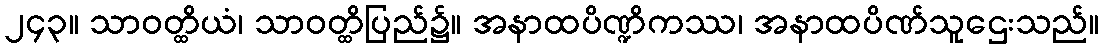
၂၄၃။ သာဝတ္ထိယံ၊ သာဝတ္ထိပြည်၌။ အနာထပိဏ္ဍိကဿ၊ အနာထပိဏ်သူဌေးသည်။